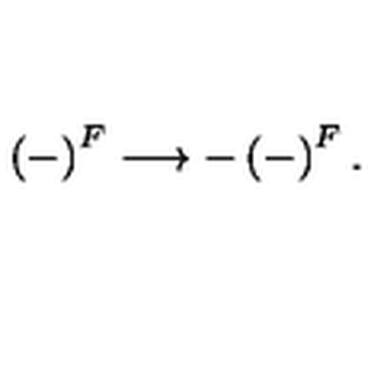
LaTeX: \left( - \right) ^ { F } \longrightarrow - \left( - \right) ^ { F } .